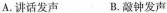
A.讲话发声 B.敲钟发声